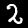
Digit: 2